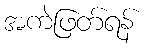
အကဲဖြတ်ရန်